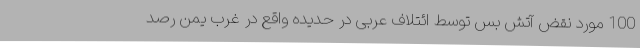
100 مورد نقض آتش بس توسط ائتلاف عربی در حدیده واقع در غرب یمن رصد